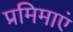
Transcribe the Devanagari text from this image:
प्रमिमाएं